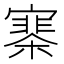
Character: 𡫗